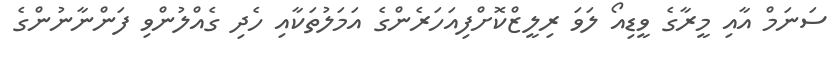
ސަނަމް އާއި މީރާގެ ވީޑިއޯ ލަވަ ރިލީޒްކޮށްފިއަހަރެންގެ އަމަލުތަކާއި ހެދި ގެއްލުންވި ފަންނާނުންގެ